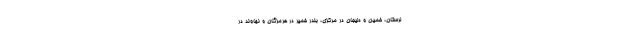
لرستان، خمین و دلیجان در مرکزی، بندر خمیر در هرمزگان و نهاوند در